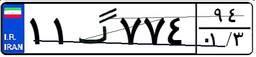
۳۵گ۲۱۹۵۹